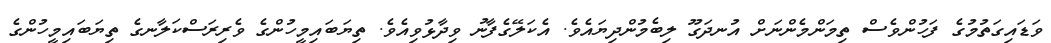
ވަޑައިގަތުމުގެ ފަހުންވެސް ތިމަންމެންނަށް އުނދަގޫ ލިބެމުންދިޔައެވެ. އެކަލޭގެފާނު ވިދާޅުވިއެވެ. ތިޔަބައިމީހުންގެ ވެރިރަސްކަލާނގެ ތިޔަބައިމީހުންގެ